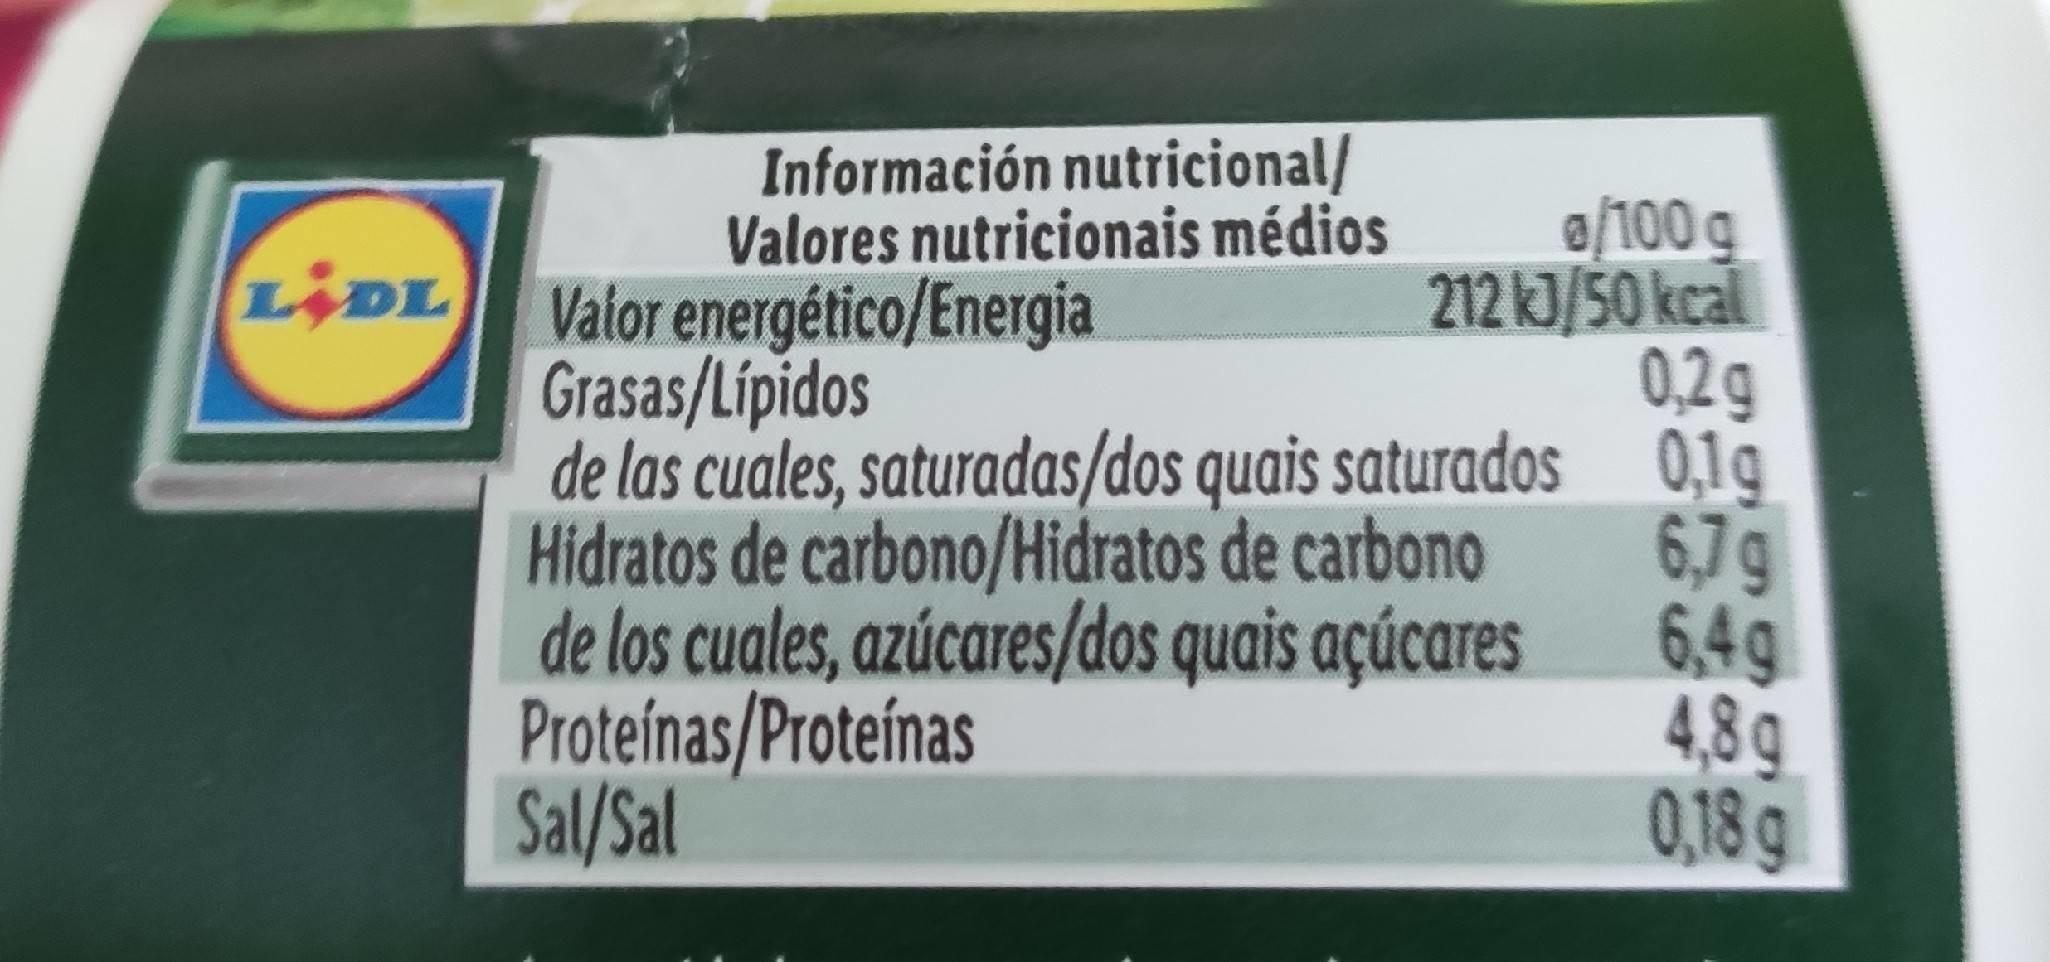
Información nutricional/ Valores nutricionais médios
e/100 g 212 kJ/50 kcal 0,2g 0,1g
LIDL
Vator energético/Energia Grasas/Lípidos
de las cuales, saturadas/dos quais saturados 6,7g 6,49
Hidratos de carbono/Hidratos de carbono
Proteínas/Proteínas Sal/Sal
de los cuales, azúcares/dos quais açúcares 4,8q 0,18g